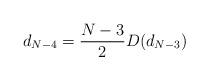
LaTeX: \begin{align*}d_{N-4} = \frac{N-3}{2} D(d_{N-3}) \end{align*}